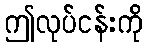
ဤလုပ်ငန်းကို